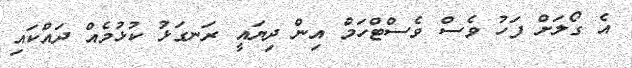
އެ ގޯލަށް ފަހު ވެސް ވެސްޓްހަމް އިން ދިޔައީ ރަނގަޅު ކުޅުމެއް ދައްކައި